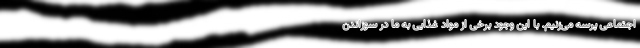
اجتماعی پرسه می‌زنیم. با این وجود برخی از مواد غذایی به ما در سوزاندن